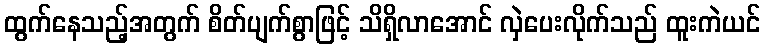
ထွက်နေသည့်အတွက် စိတ်ပျက်စွာဖြင့် သိရှိလာအောင် လှဲပေးလိုက်သည် ထူးကဲယင်